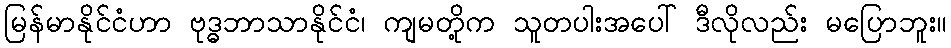
မြန်မာနိုင်ငံဟာ ဗုဒ္ဓဘာသာနိုင်ငံ၊ ကျမတို့က သူတပါးအပေါ် ဒီလိုလည်း မပြောဘူး။